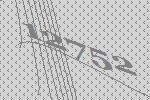
12752